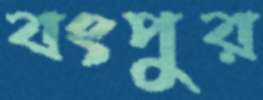
বংপুর